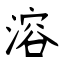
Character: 溶